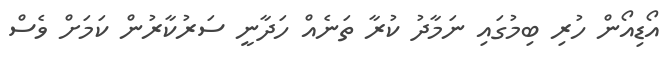
އޯޑިއޯން ހުރި ބިމުގައި ނަމާދު ކުރާ ތަނެއް ހަދާނީ ސަރުކާރުން ކަމަށް ވެސް